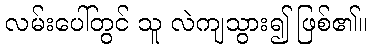
လမ်းပေါ်တွင် သူ လဲကျသွား၍ ဖြစ်၏။